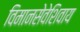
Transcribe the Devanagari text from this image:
विमानसेवेशिवाय